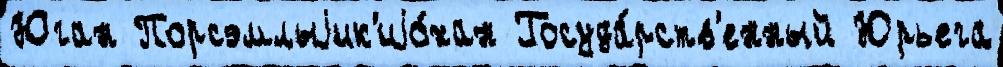
Юган Порсэмлыjик'иjо́хан Госуда́рств'енный Юрьега